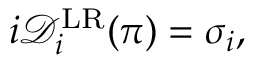
\begin{array} { r } { i \mathcal { D } _ { i } ^ { \mathrm { L R } } ( \pi ) = \sigma _ { i } , } \end{array}